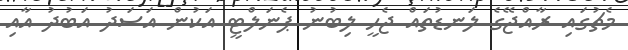
މެޗުގައި ރާއްޖޭގެ ލަނޑުތައް ޖެހީ ލިބުނު ޕެނަލްޓީ އަކުން އަސަދު އަބުދު އާއި